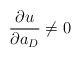
\begin{align*}\frac {\partial u}{\partial a_{D}} \neq 0\end{align*}